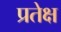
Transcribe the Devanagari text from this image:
प्रतेक्ष